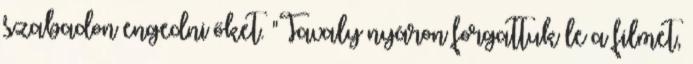
szabadon engedni őket. "Tavaly nyáron forgattuk le a filmet,